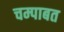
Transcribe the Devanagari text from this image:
चम्पाबत